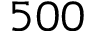
5 0 0